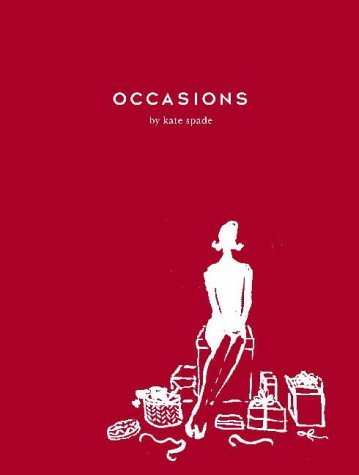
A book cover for Occasions (New Series of Lifestyle Books); Kate Spade; Cookbooks, Food & Wine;